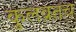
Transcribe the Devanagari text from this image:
कुलव्रतच